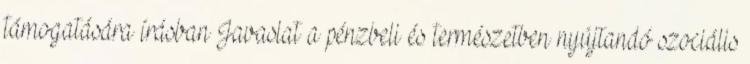
támogatására írásban Javaslat a pénzbeli és természetben nyújtandó szociális